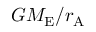
{ G M _ { \mathrm { E } } } / { r _ { \mathrm { A } } }